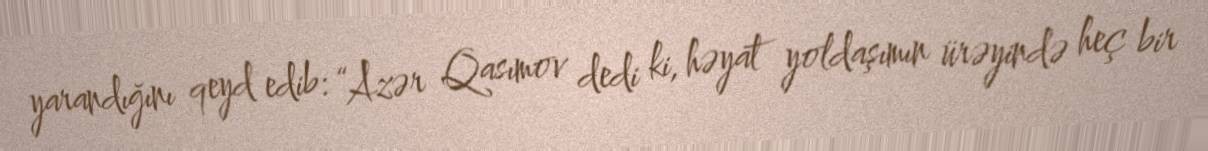
yarandığını qeyd edib: “Azər Qasımov dedi ki, həyat yoldaşımın ürəyində heç bir